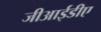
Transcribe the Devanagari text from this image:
जीआईडीए